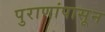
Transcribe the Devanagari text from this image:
पुराणांपासून